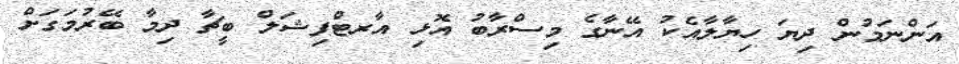
އަންނަމުން ދިޔަ ހިޔާލާއެކު އޭނާގެ މިސްރާބު އޮޅި އާރޓްފިޝަލް ބީޗާ ދިމާ ބޭރުމަގަށް